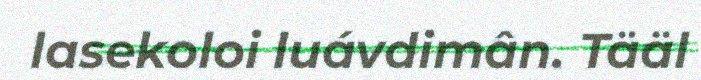
lasekoloi luávdimân. Tääl